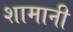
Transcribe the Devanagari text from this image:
शामानी